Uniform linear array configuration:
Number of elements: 24
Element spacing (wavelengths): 0.5
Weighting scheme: uniform
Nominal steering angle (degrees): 60
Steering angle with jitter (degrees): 59.328
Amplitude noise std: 0.05
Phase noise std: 0.05

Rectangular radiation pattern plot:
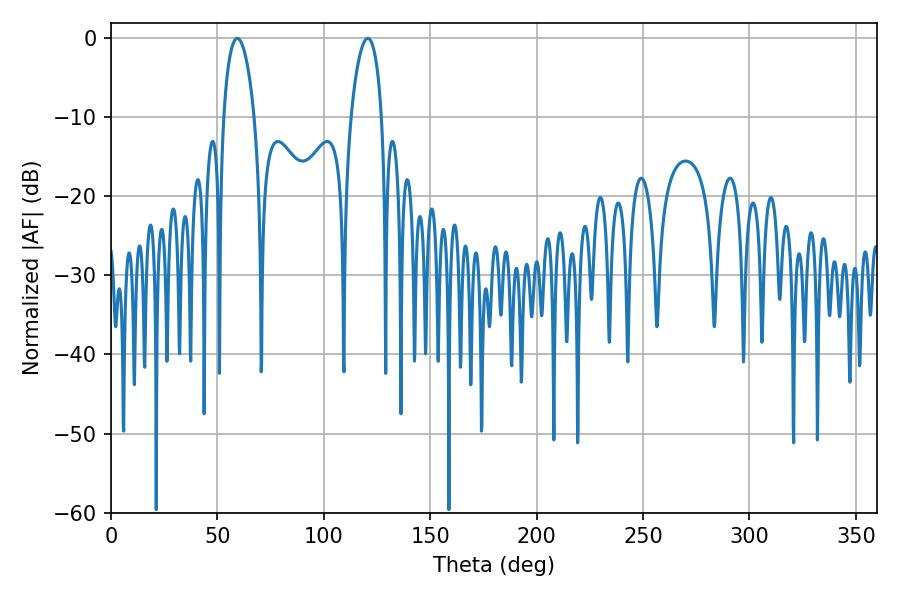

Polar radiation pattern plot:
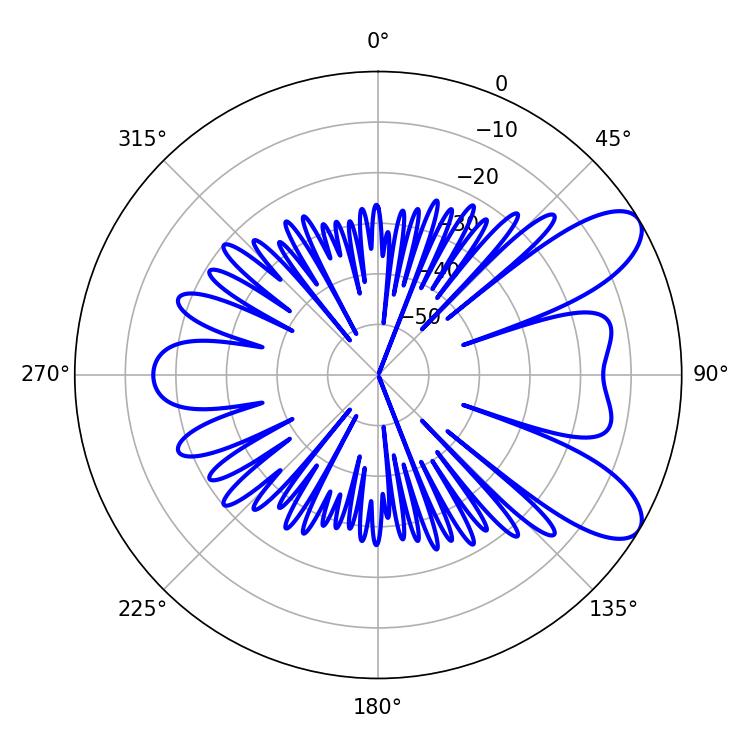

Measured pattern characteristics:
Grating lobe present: FALSE
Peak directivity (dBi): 8.63
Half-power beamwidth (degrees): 8.28
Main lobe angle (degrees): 59.4